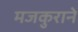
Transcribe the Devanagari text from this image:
मजकुराने